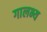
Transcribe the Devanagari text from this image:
गालभ्य